Indian Medical Review
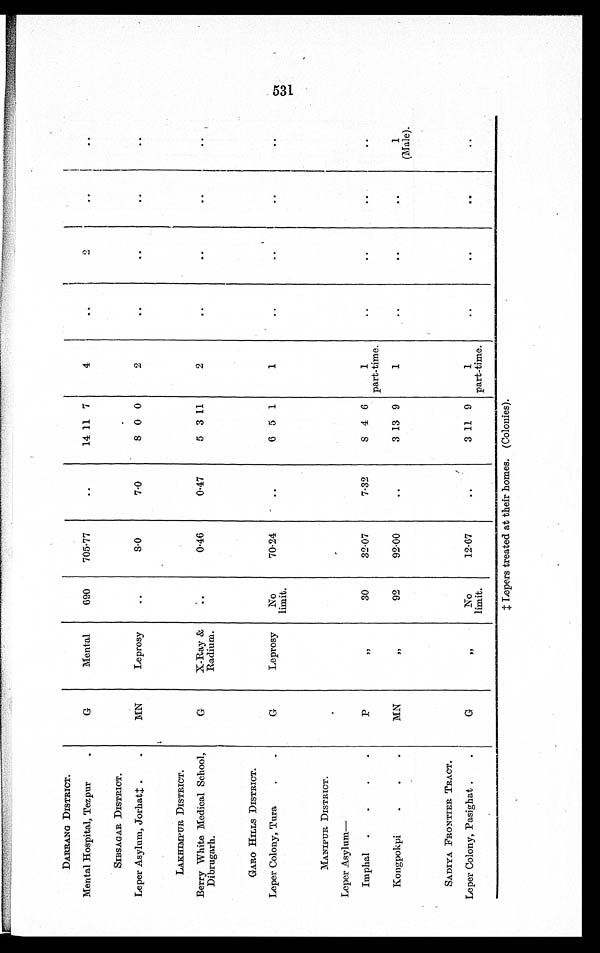
DARRANG DISTRICT.
G
Mental
690
705.77
. . 14 11 7
4
. .
2
. .
. .
Mental Hospital, Tezpur
.
SIBSAGAR DISTRICT.
MN
Leprosy
. .
8.0
7.0
8
0 0
2
. .
. .
. .
. .
Leper Asylum, Jorhat‡.
.
LAKHIMPUR DISTRICT.
G
X–Ray &
Radium.
. .
0.46
0.47
5 3 11
2
. .
. .
. .
. .
Berry White Medical School,
Dibrugarh.
GARO HILLS DISTRICT.
G
Leprosy
No
limit.
70.24
. .
6 5 1
1
. .
. .
. .
. .
Leper Colony, Tura
.
.
MANIPUR DISTRICT.
P
"
30
32.07
7.32
8
4 6
1
part–time.
. .
. .
. .
. .
Le p e r As y l u m—
Imphal
. . . .
Kongpokpi
. . .
MN
, ,
92
92.00
. .
3 13 9
1
..
. .
. .
1
(Male).
SADIYA FRONTIER TRACT.
Leper Colony, Pasighat .
.
G
, ,
No
limit.
12.67
..
3 11 9
1
part-time.
..
..
. .
..
‡Lepers treated at their homes. (Colonies).
531